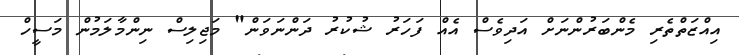
އިއްޒަތްތެރި މެންބަރުންނަށް އަދިވެސް އެއް ފަހަރު ޝުކުރު ދަންނަވަން" މަޖިލިސް ނިންމާލަމުން މަސީހް